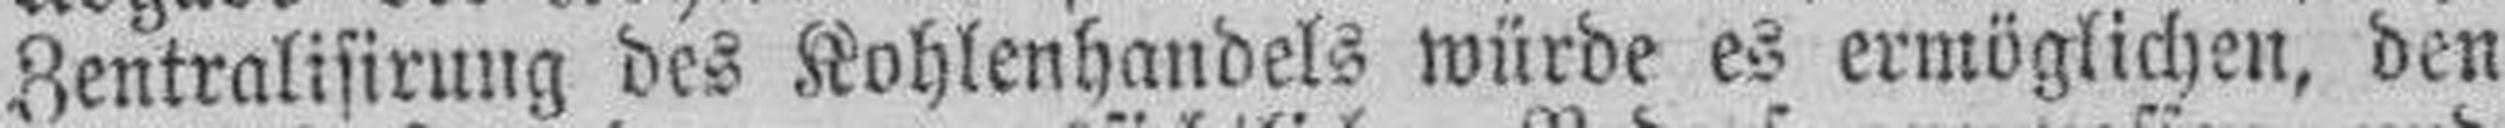
Zentralisirung des Kohlenhandels würde es ermöglichen, den